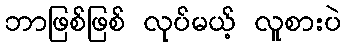
ဘာဖြစ်ဖြစ် လုပ်မယ့် လူစားပဲ